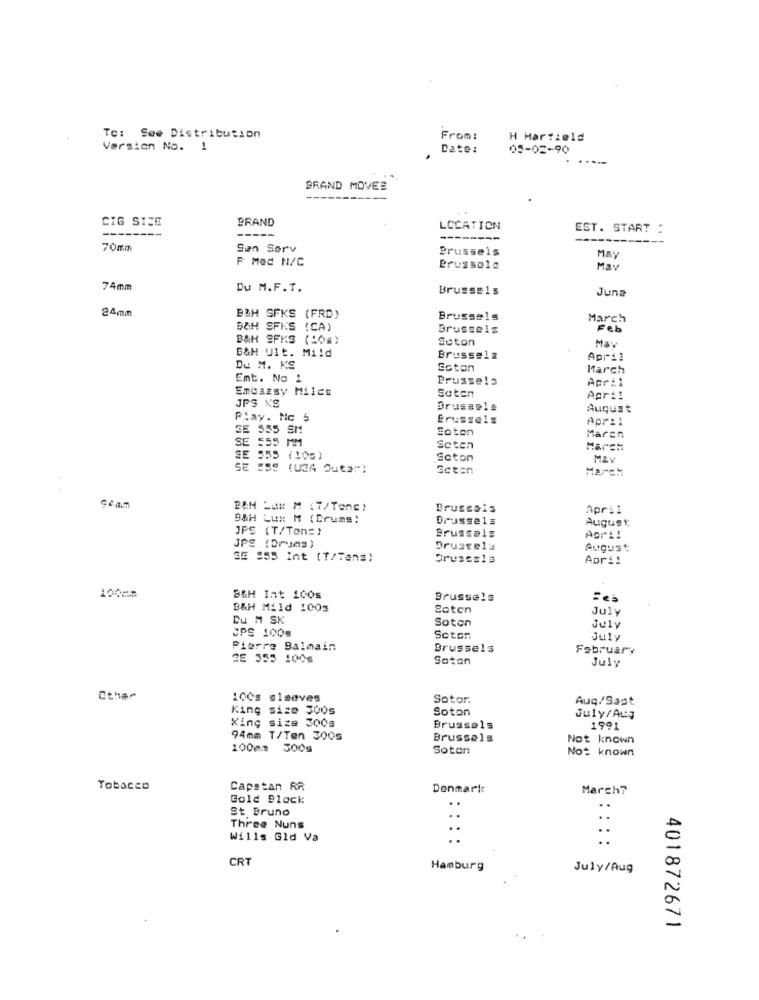
To: See Distribution
From:
H Harfield
Version No.
1
Date:
05-02-90
BRAND MOVES
CIG SIZE
BRAND
---
LOCATION
EST. START :
-----
--------
---
70mm
Sen Sorv
Brussels
F Med N/C
MAY
Brussels
May
74mm
Du M.F.T.
Brussels
June
24mm
B&H SFKS (FRD)
Brussels
March
BOH SFIS (CA)
Brussels
Feb
B&H SFKS (10%)
Soton
B&H Ult. Mild
May
Brussels
April
Du M. KS
Soton
March
Emt. No 1
Brussels
April
Embassy MilCE
JPS KS
Saten
April
Brussels
August
Play. Nc 5
Erussels
Apr ::
SE 555 5M
Soten
E 555 MM
Maren
Seten
SE 555 (106)
Saton
M&V
SE ESS
(UCA Outa"")
Sctan
March
ceam
B&H LUX M (7/Tenc)
Brussels
April
B&H Lux M (Drums:
Brussels
August
JPS (T/Ten=)
Brussels
Agri!
JPS (Drums)
Brussel#
August
SE :55 Int (T/Tens)
Apri!
100mm
B&H Int 100s
Brussels
B&H Mild 1003
Soten
July
Du M SK
Soten
SPS 100g
July
Soten
July
Pierre Balmain
Brussels
February
2E 355 1006
Satan
July
0ther
100s sleeves
Sotor.
Auq/Sapt
King size 300s
Soton
King size 300g
July/Aug
Brussels
1991
94mm T/Ten 3005
Brussels
Not known
100mm 500g
Soton
Not known
Tobacco
Capstan RR
Denmark
March?
Gold Block
St Bruno
.
..
Three Nuns
::
Wills Gid Va
..
CRT
Hamburg
July/Aug
401872671